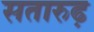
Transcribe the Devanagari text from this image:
सतारुढ़